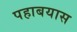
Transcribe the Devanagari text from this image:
पहाबयास